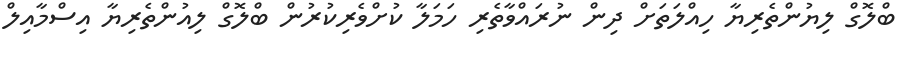
ބްލޮގް ލިޔުންތެރިޔާ ހިއްލަތަށް ދިން ނުރައްވާތެރި ހަމަލާ ކުށްވެރިކުރުން ބްލޮގް ލިއުންތެރިޔާ އިސްމާއިލް